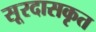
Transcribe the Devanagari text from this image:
सूरदासकृत